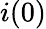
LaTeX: i(0)